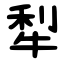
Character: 犁